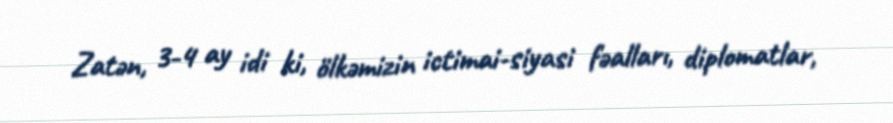
Zatən, 3-4 ay idi ki, ölkəmizin ictimai-siyasi fəalları, diplomatlar,